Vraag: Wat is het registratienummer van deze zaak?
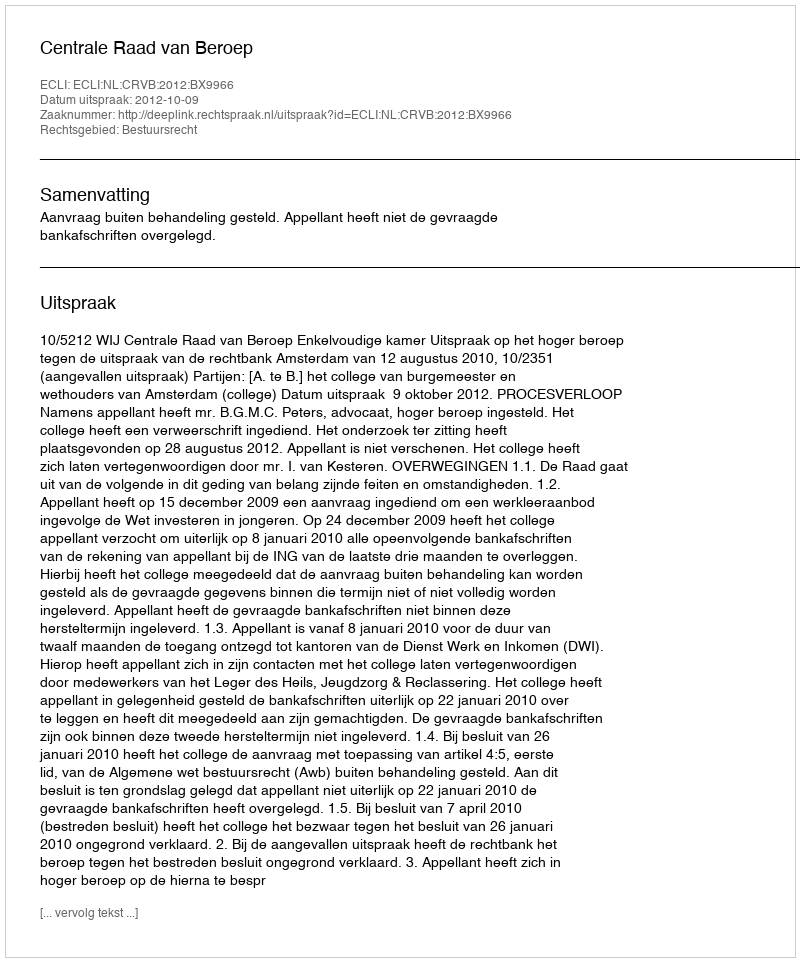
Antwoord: http://deeplink.rechtspraak.nl/uitspraak?id=ECLI:NL:CRVB:2012:BX9966